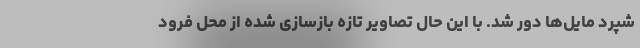
شپرد مایل‌ها دور شد. با این حال تصاویر تازه بازسازی شده از محل فرود